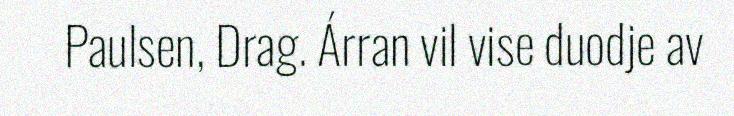
Paulsen, Drag. Árran vil vise duodje av